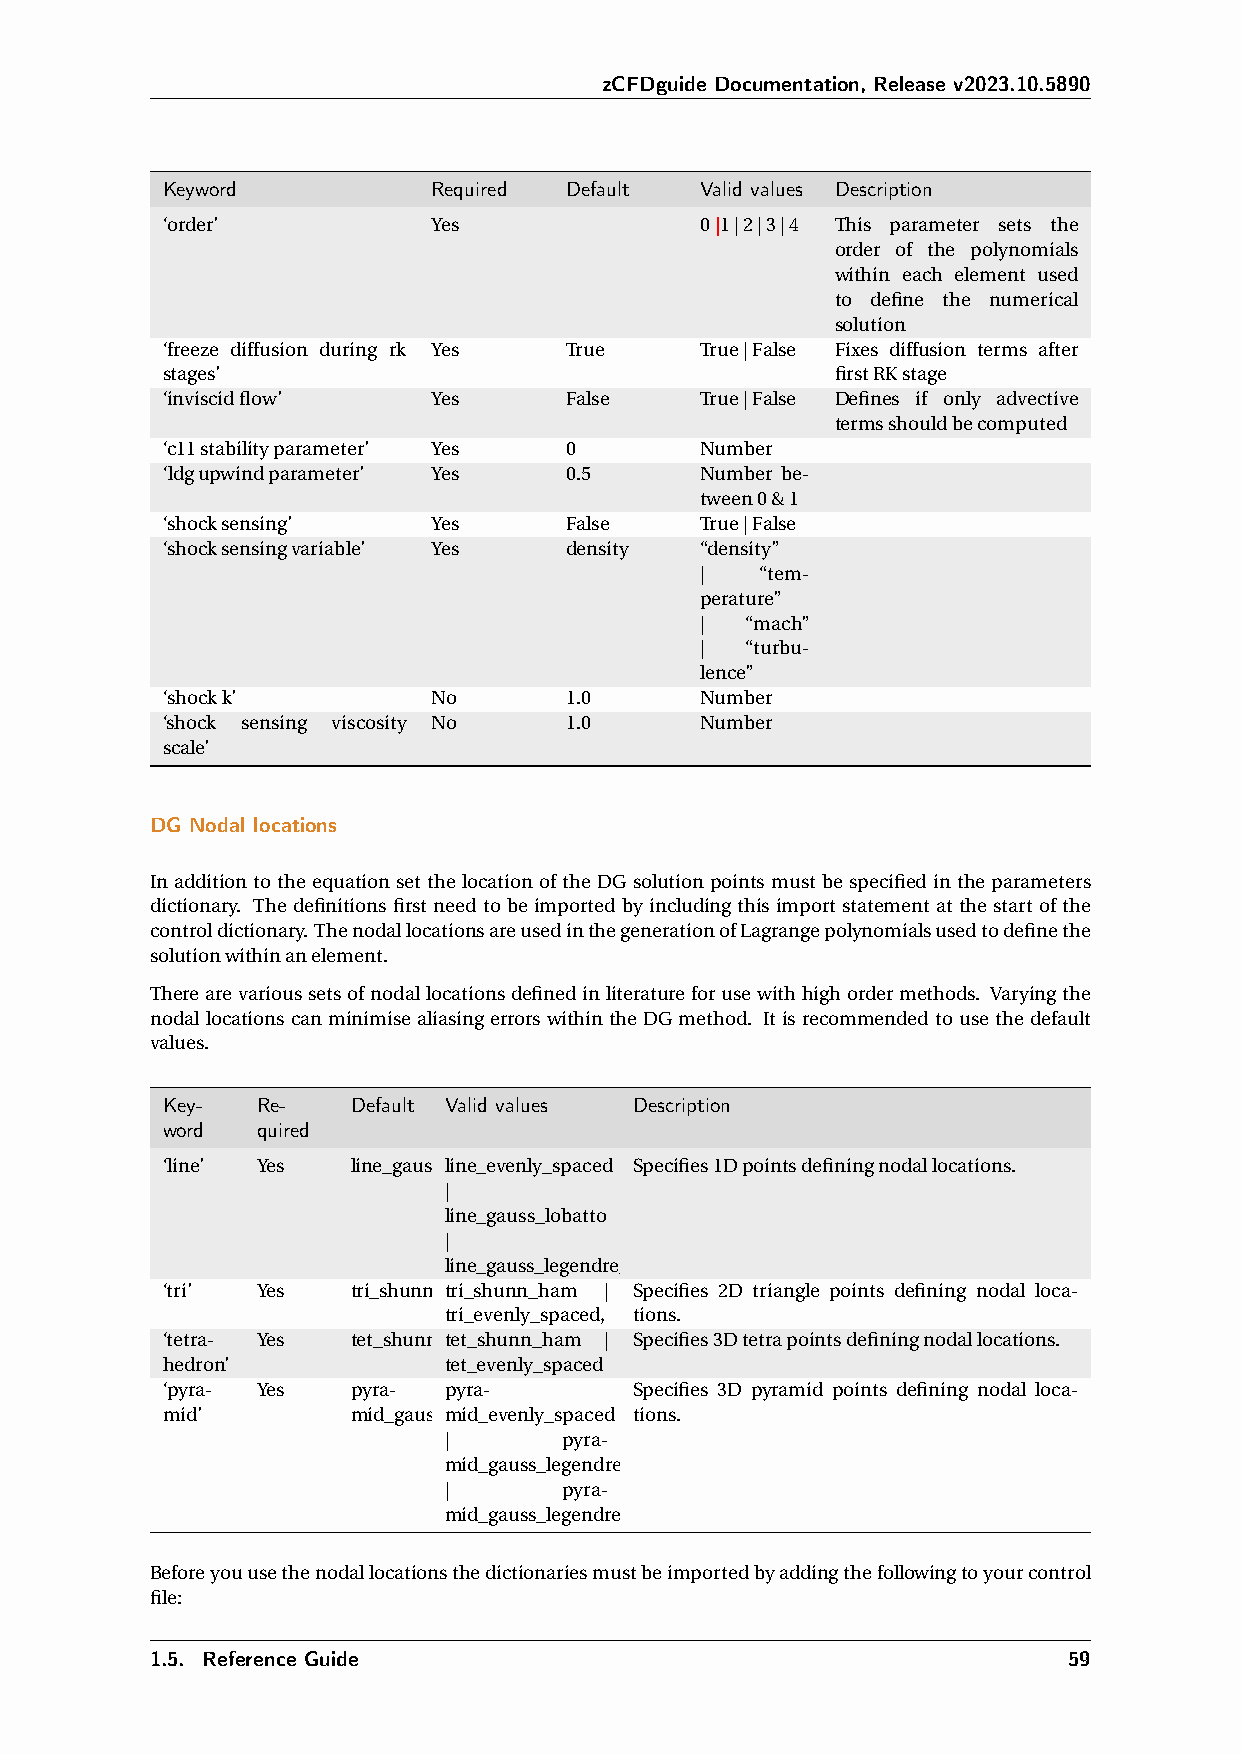
zCFDguide Documentation, Release v2023.10.5890
 Keyword           Required Default Valid values Description
 ‘order’           Yes              0|1|2|3|4 This parameter sets the
 order of the polynomials
 within each element used
 to define the numerical
 solution
 ‘freeze diffusion during rk Yes True True|False Fixes diffusion terms after
 stages’                                     firstRKstage
 ‘inviscidflow’    Yes     False    True|False Defines if only advective
 termsshouldbecomputed
 ‘c11stabilityparameter’ Yes 0      Number
 ‘ldgupwindparameter’ Yes  0.5      Number be-
 tween0&1
 ‘shocksensing’    Yes     False    True|False
 ‘shocksensingvariable’ Yes density “density”
 |   “tem-
 perature”
 |  “mach”
 |  “turbu-
 lence”
 ‘shockk’          No      1.0      Number
 ‘shock sensing viscosity No 1.0    Number
 scale’
 DG Nodal locations
 In addition to the equation set the location of the DG solution points must be specified in the parameters
 dictionary. The definitions first need to be imported by including this import statement at the start of the
 controldictionary.ThenodallocationsareusedinthegenerationofLagrangepolynomialsusedtodefinethe
 solutionwithinanelement.
 Therearevarioussetsofnodallocationsdefinedinliteratureforusewithhighordermethods. Varyingthe
 nodal locations can minimise aliasing errors within the DG method. It is recommended to use the default
 values.
 Key-  Re-   Default Valid values Description
 word  quired
 ‘line’ Yes  line_gauss_lilnobe_aettvoenly_spaced Specifies1Dpointsdefiningnodallocations.
 |
 line_gauss_lobatto
 |
 line_gauss_legendre_lobatto
 ‘tri’ Yes   tri_shunn_htrai_mshunn_ham | Specifies 2D triangle points defining nodal loca-
 tri_evenly_spaced, tions.
 ‘tetra- Yes tet_shunn_theat_mshunn_ham | Specifies3Dtetrapointsdefiningnodallocations.
 hedron’           tet_evenly_spaced
 ‘pyra- Yes  pyra- pyra-        Specifies 3D pyramid points defining nodal loca-
 mid’        mid_gauss_mleigde_nevderen_lylo_bspaattcoed tions.
 |       pyra-
 mid_gauss_legendre
 |       pyra-
 mid_gauss_legendre_lobatto
 Beforeyouusethenodallocationsthedictionariesmustbeimportedbyaddingthefollowingtoyourcontrol
 file:
 1.5. Reference Guide                                         59